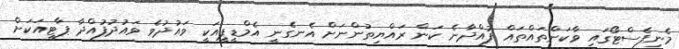
މެނިފެސްޓޯގައި ވާކަންތައްތައް ފުއްދާނެ ކަން ރައްޔިތުންނަށް އެނގެނީ އެމްޑީޕީއަކީ ވައުދުވެ ވައުދުފުއްދާ ޕާޓީއަކަށް